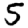
Digit: 5